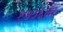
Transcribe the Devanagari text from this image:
१७३६ला